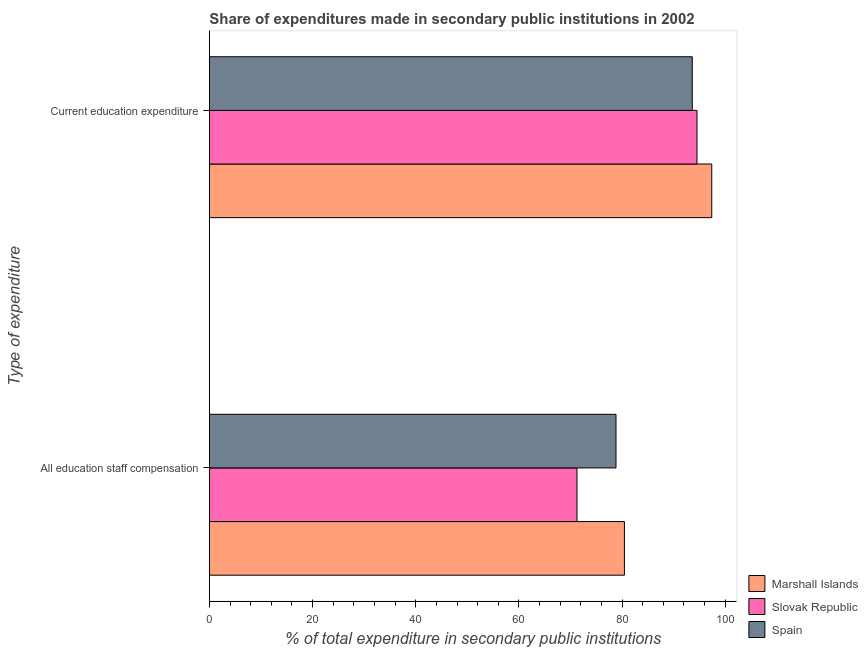
| Type of expenditure | Marshall Islands | Slovak Republic | Spain |
 | --- | --- | --- | --- |
 | All education staff compensation | 80.5 | 71.3 | 78.8 |
 | Current education expenditure | 97.4 | 94.5 | 93.6 |